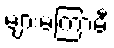
များမကြာမီ